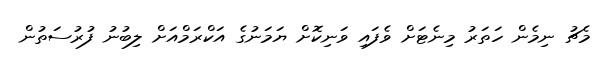
މެޗު ނިމެން ހަތަރު މިނެޓަށް ވެފައި ވަނިކޮށް ޔަމަނުގެ އަކްރަމްއަށް ލިބުނު ފުރުސަތުން